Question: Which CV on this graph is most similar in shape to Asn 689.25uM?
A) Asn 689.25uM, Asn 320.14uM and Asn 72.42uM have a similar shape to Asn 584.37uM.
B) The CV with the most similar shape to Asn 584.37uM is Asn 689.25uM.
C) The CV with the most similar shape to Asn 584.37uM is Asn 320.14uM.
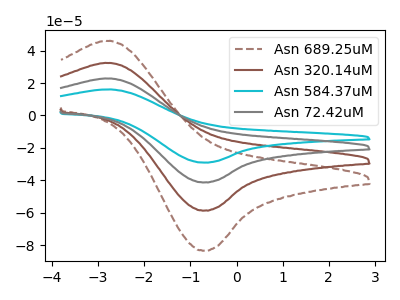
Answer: <think>The brown dashed curve "Asn 689.25uM" has an anodic peak at (-2.70V, 68.25uA) and a cathodic peak at (-0.70V, -123.80uA). The brown curve "Asn 320.14uM" has an anodic peak at (-2.70V, 45.50uA) and a cathodic peak at (-0.70V, -82.50uA). The cyan curve "Asn 584.37uM" has an anodic peak at (-2.70V, 16.00uA) and a cathodic peak at (-0.70V, -29.05uA). The gray curve "Asn 72.42uM" has an anodic peak at (-2.70V, 22.75uA) and a cathodic peak at (-0.70V, -41.25uA).
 All the peaks in "Asn 689.25uM" have a peak in "Asn 320.14uM" at the same potential. Every peak in "Asn 689.25uM" is higher than every peak in "Asn 320.14uM". All the peaks in "Asn 689.25uM" have a peak in "Asn 584.37uM" at the same potential. Every peak in "Asn 689.25uM" is higher than every peak in "Asn 584.37uM". All the peaks in "Asn 689.25uM" have a peak in "Asn 72.42uM" at the same potential. Every peak in "Asn 689.25uM" is higher than every peak in "Asn 72.42uM". All the peaks in "Asn 320.14uM" have a peak in "Asn 584.37uM" at the same potential. Every peak in "Asn 320.14uM" is higher than every peak in "Asn 584.37uM". All the peaks in "Asn 320.14uM" have a peak in "Asn 72.42uM" at the same potential. Every peak in "Asn 320.14uM" is higher than every peak in "Asn 72.42uM". All the peaks in "Asn 584.37uM" have a peak in "Asn 72.42uM" at the same potential. Every peak in "Asn 584.37uM" is lower than every peak in "Asn 72.42uM".</think>
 <answer>A) "Asn 689.25uM", "Asn 320.14uM" and "Asn 72.42uM" have a similar shape to "Asn 584.37uM".</answer>
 <eval>A</eval>